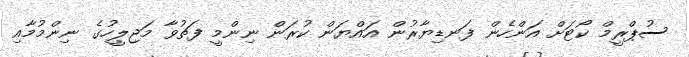
ސުޕްރީމް ކޯޓަށް އަންހެން ފަނޑިޔާރުން އައްޔަން ކުރަން ނިންމީ ފަތުވާ މަޖިލީހުގެ ނިންމުމާއި